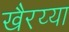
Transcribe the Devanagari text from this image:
खैरय्या